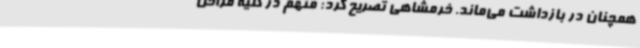
همچنان در بازداشت می‌ماند. خرمشاهی تصریح کرد: متهم در کلیه مراحل